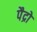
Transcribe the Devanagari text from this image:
पैद्रो